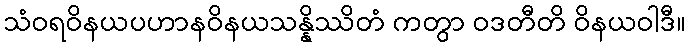
သံဝရဝိနယပဟာနဝိနယသန္နိဿိတံ ကတွာ ဝဒတီတိ ဝိနယဝါဒီ။